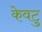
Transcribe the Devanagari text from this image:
केवटु